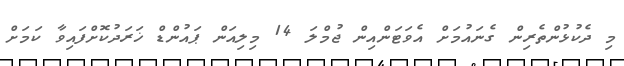
މި ދެކުޅުންތެރިން ގެނައުމަށް އެވަޓަންއިން ޖުމްލަ 14 މިލިއަން ޕައުންޑް ޚަރަދުކޮށްފައިވާ ކަމަށް